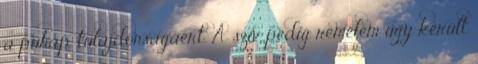
a puhap. tulajdonságáért. A szív pedig remélem úgy került